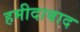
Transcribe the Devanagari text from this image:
हमीदाबाद